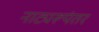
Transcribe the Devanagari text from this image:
नाट्यरूपंतर